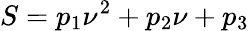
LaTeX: S=p_{1}\nu^{2}+p_{2}\nu+p_{3}